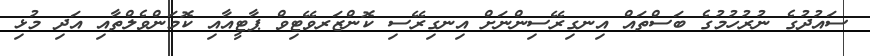
ސައުދުގެ ނުރުހުމުގެ ބަސްތައް އިނގިރޭސިންނަށް އިނގިރޭސި ކޮންޒަރވޭޓިވް ޕާޓީއާއި ކޮމަންވެލްތާއި އަދި މުޅި